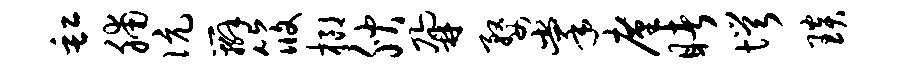
缸脯伉辫筱榔腴鼐婺掌廑睹愕琰